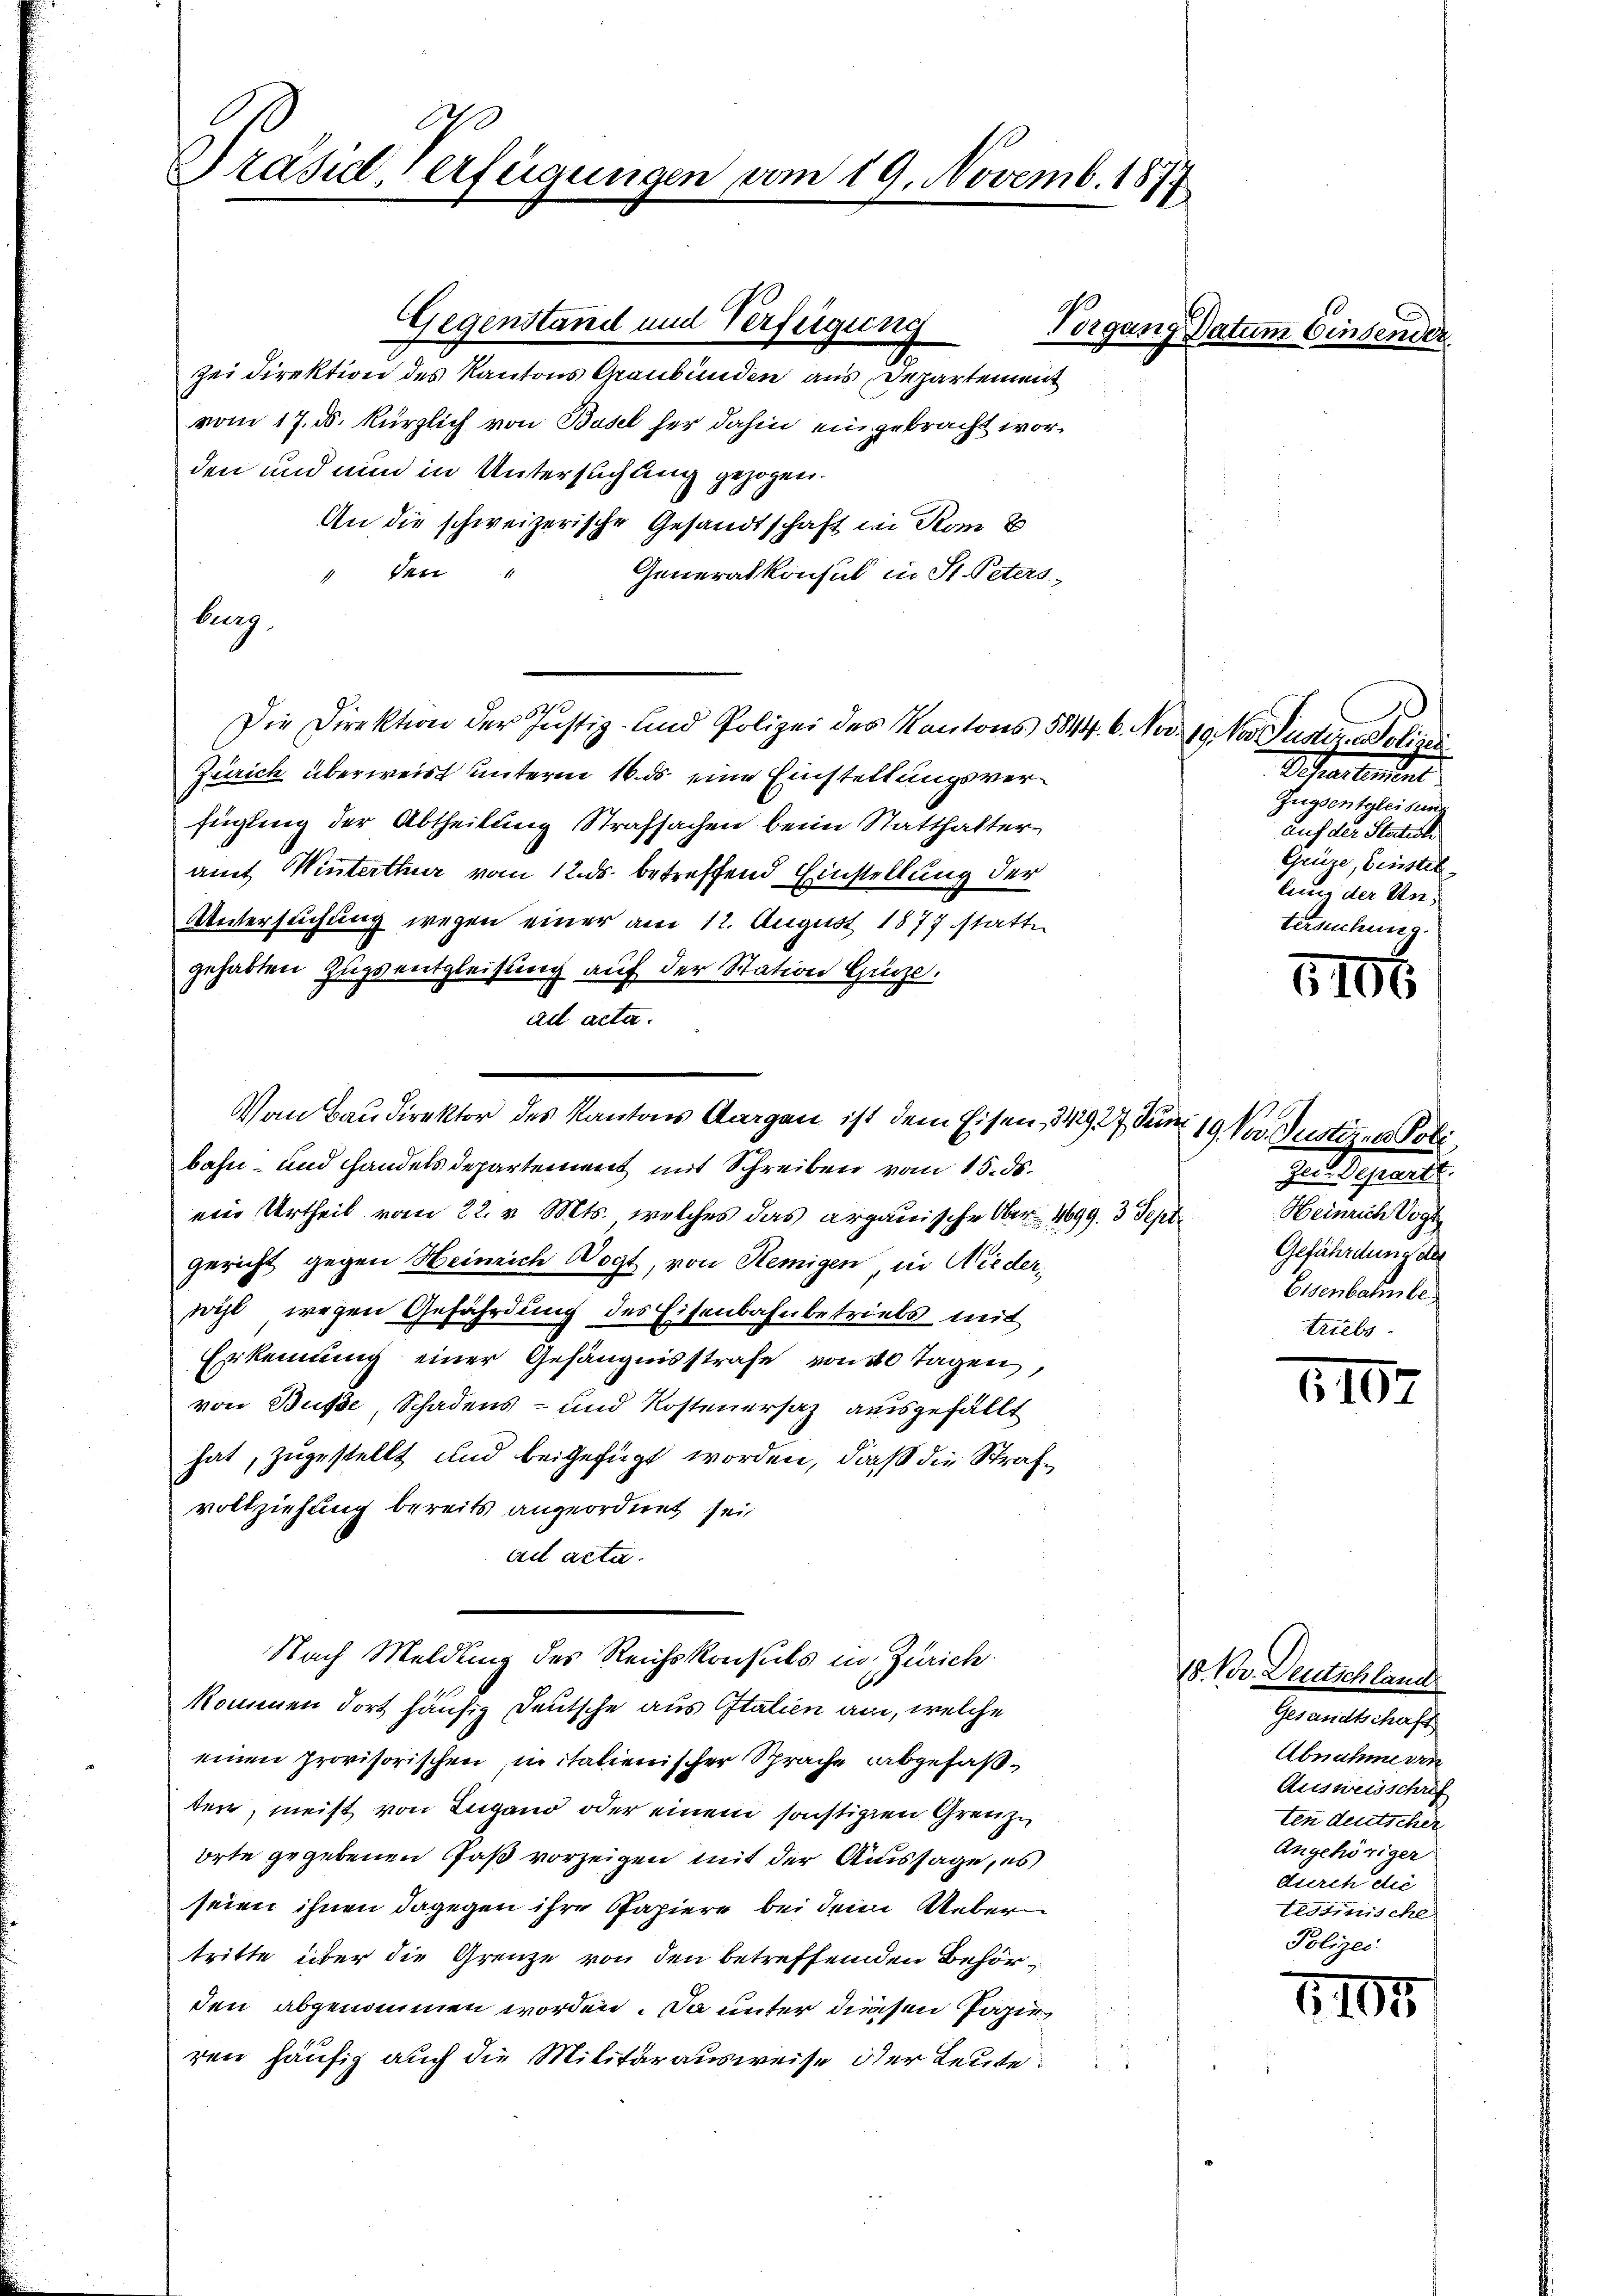
Präsid. Verfügungen vom 19. Novemb. 1877

Zei Direktion des Kantons Graubünden aus Departement
vom 17. ds. kürzlich von Basel her dahin eingebracht worden und nun in Untersuchung gezogen.
An die schweizerische Gesandtschaft in Rom b
den
Generalkonsul in St. Peters¬
1
87
Die Direktion der Justiz- und Polizei des Kantons 5844. 6. Nov. 19. Nor Justiz, indi
Zürich überweist unterm 16. ds eine Einstellungsverfügung der Abtheilung Strafsachen beim Statthalteramt Winterthur vom 12. ds. betreffend Einstellung der
Untersuchung wegen einer am 12. August 1877 statte
gehabten Zugsentgleisung auf der Station Grüze.
ad acta.
bahn- und Handels departement mit Schreiben vom 15. ds.
ein Urtheil vom 22. v. Mts. welches das argauische Ober 4699. 3 Sept.
gericht gegen Heinrich Vogt, von Remigen, in Niederwil, wegen Gefährdung des Eisenbahnbetriels mit
Erkennung einer Gefängnisstrafe von 40 Tagen,
von Buße, Schadens- und Kostenersaz ausgefällt
hat, zugestellt und beigefügt worden, daß die Strafvollziehung bereits angeordnet sei,
ad acta.
Nach Meldung des Reichskonsuls in Zürich
kommen dort häufig Deutsche aus Italien an, welche
einen provisorischen, innitalienischer Sprache abgefaßten, meist von Lugano oder einem sonstigten Grenze
Orte gegebenen Faß vorzeigen mit der Aussage, es
seien ihnen dagegen ihre Papiere bei dem Uebern
tritte über die Grenze von den betreffenden Behörden abgenommen worden. Da unter diessen Papie
ren häufig auch die Militärausweise der Leute:

burg,

Gegenstand und Verfügung

Vom Baudirektor des Kantons Aargau ist dem Eisen, 349 27 den 19. Vor Justizen Poli

Vorgang Datum Einsender

Schreibenden
Zugsentgleitung
auf der Statisti
Grüze, Fenstel
lung der Untersuchung.

1106

Zur Deparit
Heinrich Vogt
Gefährdung der
Eisenbahnbe
triebs

1102

18. Nov. Deutschland
Gesandtschaft
Abnahme von
Ausweisschrif
ten deutscher
Angehöriger
durch die
Tessinische
Polizei:

1104.